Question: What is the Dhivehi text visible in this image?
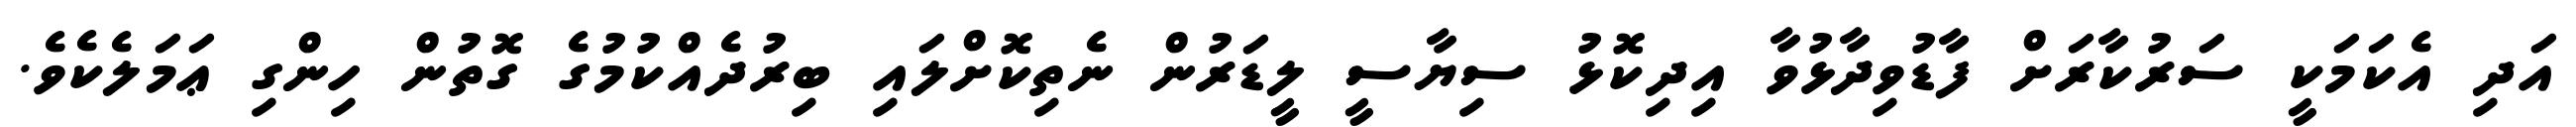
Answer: އަދި އެކަމަކީ ސަރުކާރަށް ފާޑުވިދާޅުވާ އިދިކޮޅު ސިޔާސީ ލީޑަރުން ނެތިކޮށްލައި ބިރުދެއްކުމުގެ ގޮތުން ހިންގި ޢަމަލެކެވެ.